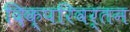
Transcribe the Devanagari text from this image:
दिक्परिवर्तन